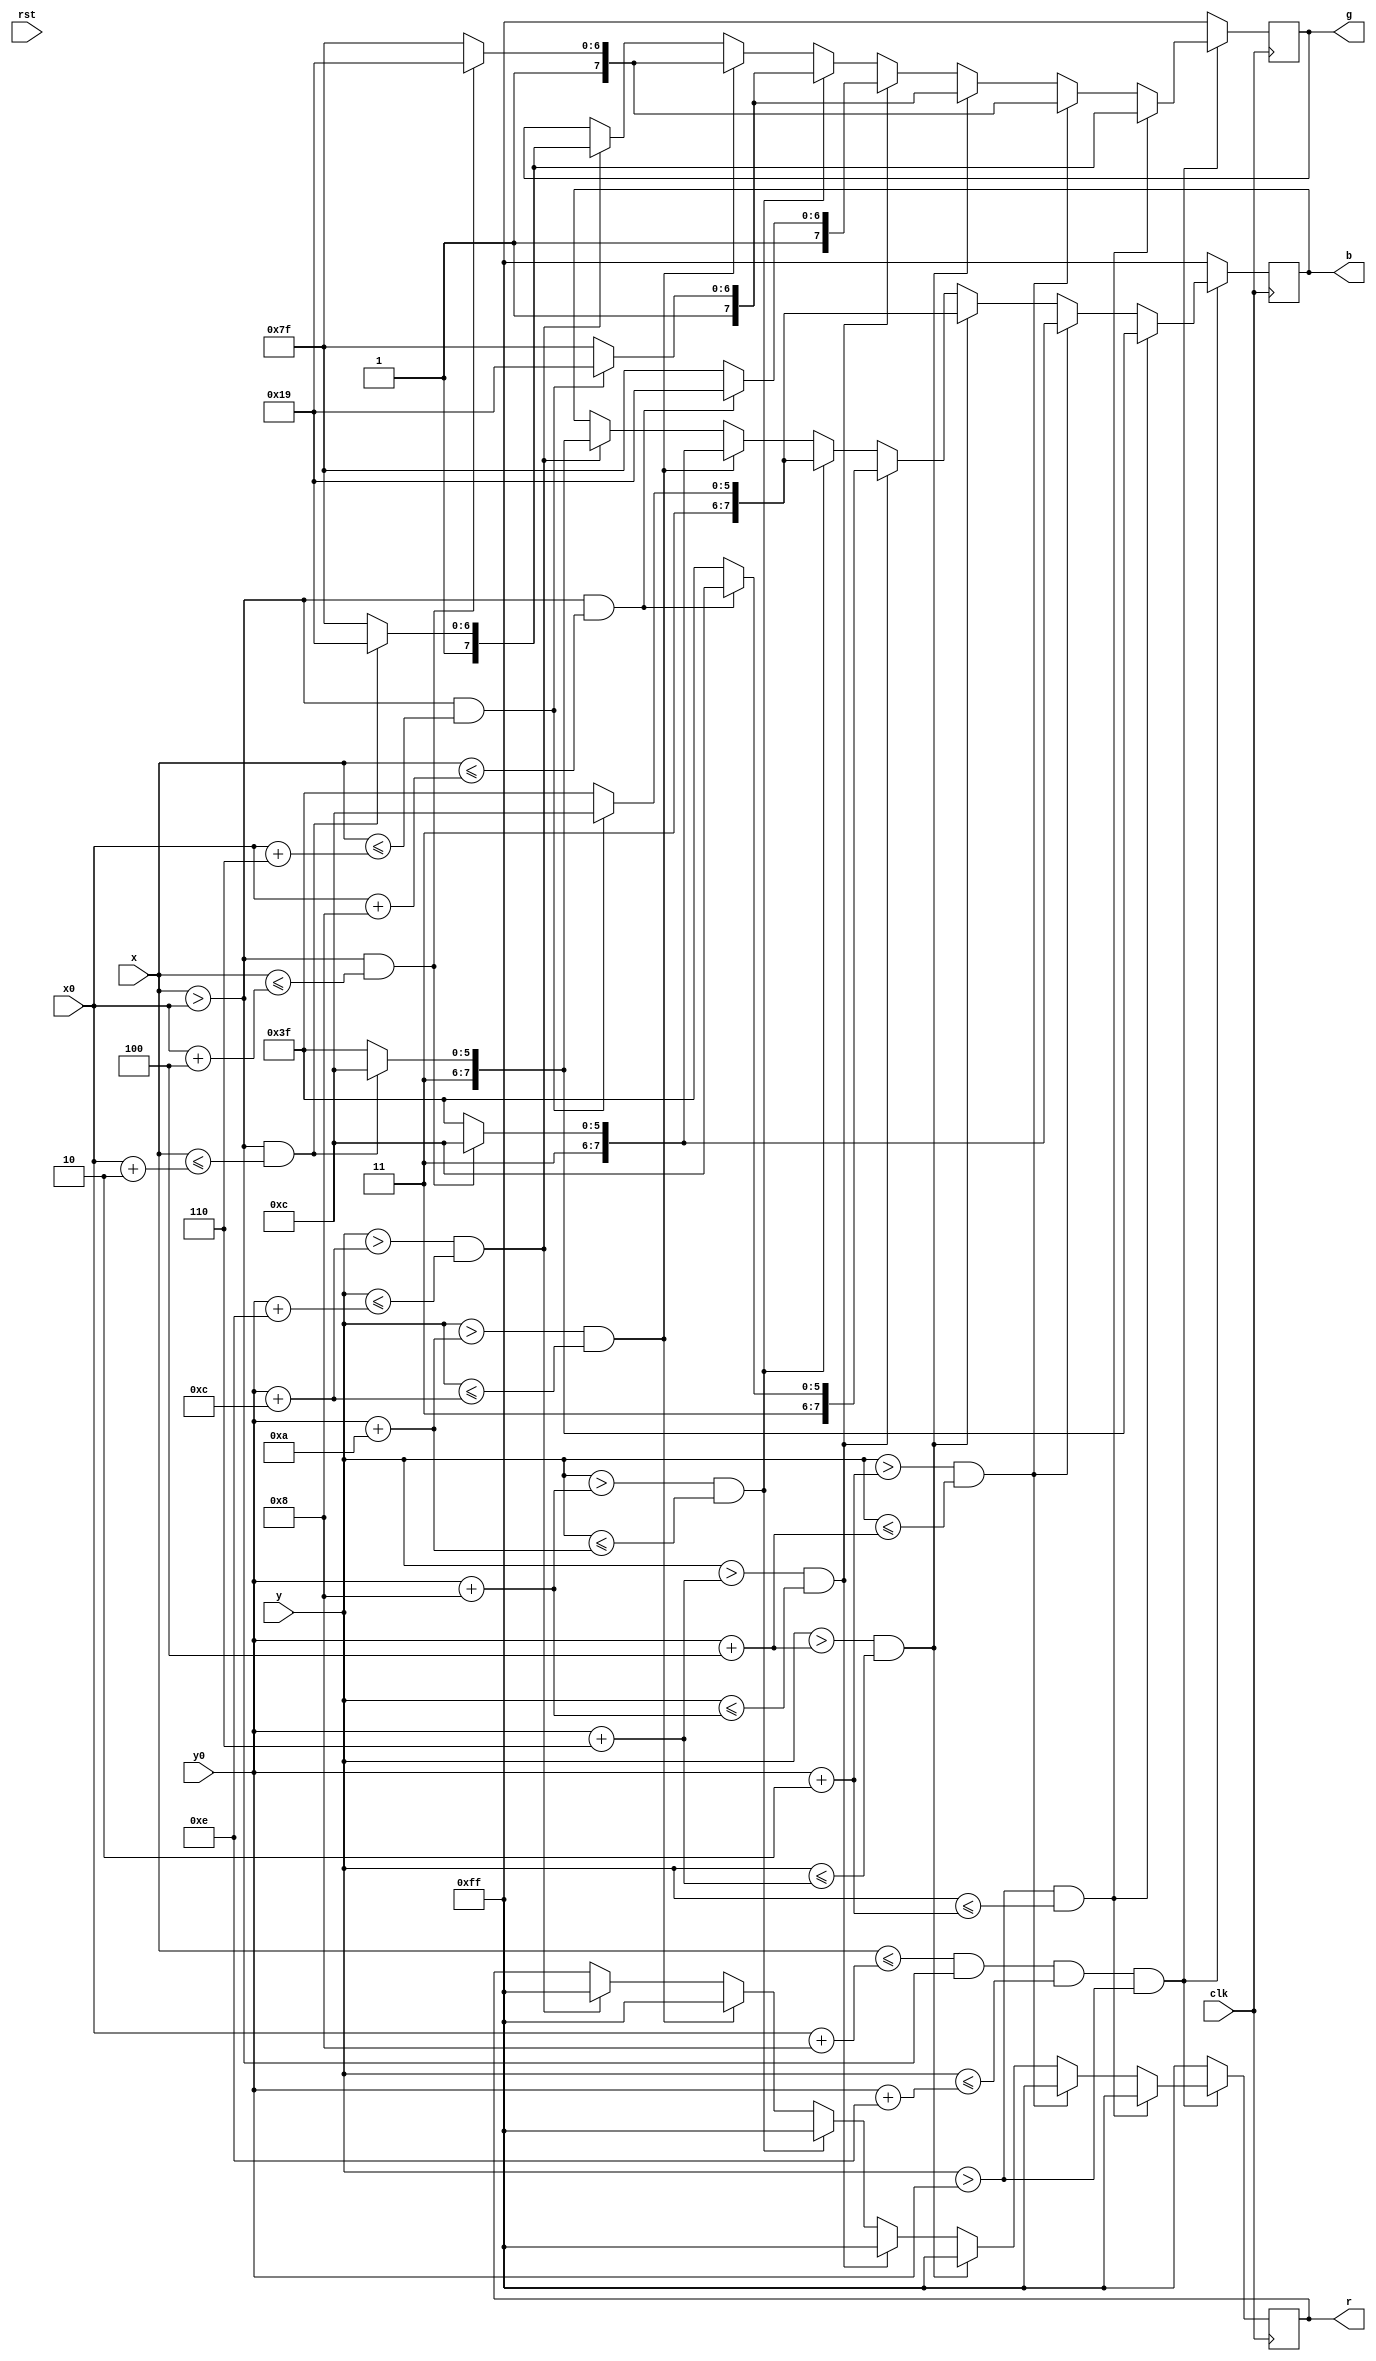
module pointer(clk, rst, x, y, r, g, b, x0, y0);
	input clk, rst;
	input [9:0] x, x0;
	input [8:0] y, y0;
	output reg [7:0] r, g, b;
	
	parameter scale = 2;
	//blood: 8*14 pixel
	
	always @(posedge clk) begin
		if(x <= x0 + 10'b0000001000 & x > x0 & y <= y0 + 9'b000001110 & y > y0) begin
			if(y > y0 & y <= y0 + scale) begin
				if((x > x0 & x <= x0 + scale)) begin
					r <= 8'b11111111;
					g <= 8'b10011001;
					b <= 8'b11001100;
				end else begin 
					r <= 8'b11111111;
					g <= 8'b11111111;
					b <= 8'b11111111;
				end
			end else if(y > y0 + scale & y <= y0 + 2*scale) begin
				if((x > x0 & x <= x0 + 2*scale)) begin
					r <= 8'b11111111;
					g <= 8'b10011001;
					b <= 8'b11001100;
				end else begin 
					r <= 8'b11111111;
					g <= 8'b11111111;
					b <= 8'b11111111;
				end
			end else if(y > y0 + 2*scale & y <= y0 + 3*scale) begin
				if((x > x0 & x <= x0 + 3*scale)) begin
					r <= 8'b11111111;
					g <= 8'b10011001;
					b <= 8'b11001100;
				end else begin 
					r <= 8'b11111111;
					g <= 8'b11111111;
					b <= 8'b11111111;
				end
			end else if(y > y0 + 3*scale & y <= y0 + 4*scale) begin
				if((x > x0 & x <= x0 + 4*scale)) begin
					r <= 8'b11111111;
					g <= 8'b10011001;
					b <= 8'b11001100;
				end else begin 
					r <= 8'b11111111;
					g <= 8'b11111111;
					b <= 8'b11111111;
				end
			end else if(y > y0 + 4*scale & y <= y0 + 5*scale) begin
				if((x > x0 & x <= x0 + 3*scale)) begin
					r <= 8'b11111111;
					g <= 8'b10011001;
					b <= 8'b11001100;
				end else begin 
					r <= 8'b11111111;
					g <= 8'b11111111;
					b <= 8'b11111111;
				end
			end else if(y > y0 + 5*scale & y <= y0 + 6*scale) begin
				if((x > x0 & x <= x0 + 2*scale)) begin
					r <= 8'b11111111;
					g <= 8'b10011001;
					b <= 8'b11001100;
				end else begin 
					r <= 8'b11111111;
					g <= 8'b11111111;
					b <= 8'b11111111;
				end	
			end else if(y > y0 + 6*scale & y <= y0 + 7*scale) begin
				if((x > x0 & x <= x0 + scale)) begin
					r <= 8'b11111111;
					g <= 8'b10011001;
					b <= 8'b11001100;
				end else begin 
					r <= 8'b11111111;
					g <= 8'b11111111;
					b <= 8'b11111111;
				end
			end
		end else begin 
			r <= 8'b11111111;
			g <= 8'b11111111;
			b <= 8'b11111111;
		end
	end 

endmodule